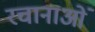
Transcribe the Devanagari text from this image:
रचानाओं